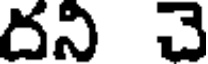
దని చె